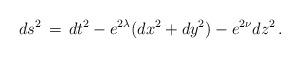
LaTeX: \begin{align*}ds^2 \, = \, dt^2 - e^{2\lambda}(dx^2 + dy^2) - e^{2\nu}dz^2 \, .\end{align*}